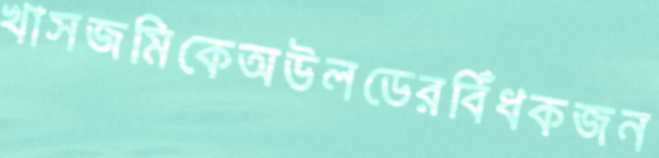
খাসজমিকেঅউলডেরবিঁধকজন